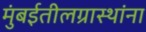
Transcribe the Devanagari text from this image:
मुंबईतीलग्रास्‍थांना